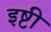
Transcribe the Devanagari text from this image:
इष्टी